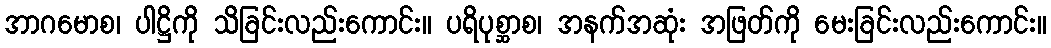
အာဂမောစ၊ ပါဋ္ဌိကို သိခြင်းလည်းကောင်း။ ပရိပုစ္ဆာစ၊ အနက်အဆုံး အဖြတ်ကို မေးခြင်းလည်းကောင်း။